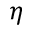
\eta